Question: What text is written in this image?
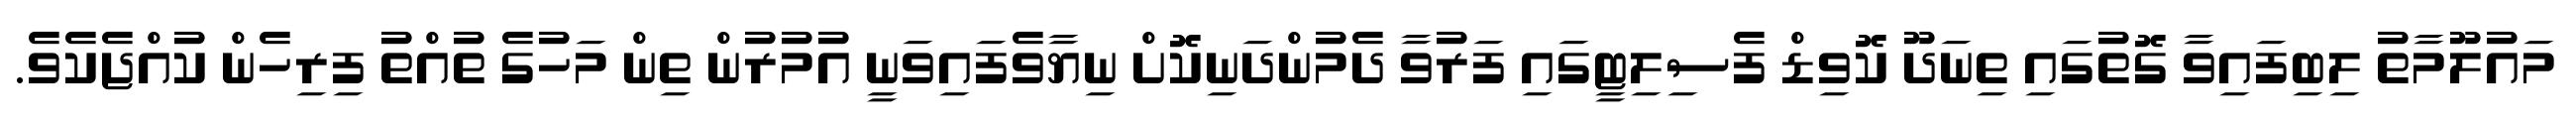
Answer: މައުލޫމާތު ލިބިފައިވާ ގޮތުގައި ތިނަދޫ ކޮވިޑް ފެސިލިޓީގައި ފަރުވާ ދެމުންދަނިކޮށް ނިޔާވެފައިވަނީ އުމުރުން ތިން މަހުގެ ތުއްތު ފިރިހެން ކުއްޖެކެވެ.